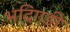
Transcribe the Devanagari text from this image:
भंदिगड़ी